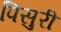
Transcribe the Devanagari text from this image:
पिसुरी